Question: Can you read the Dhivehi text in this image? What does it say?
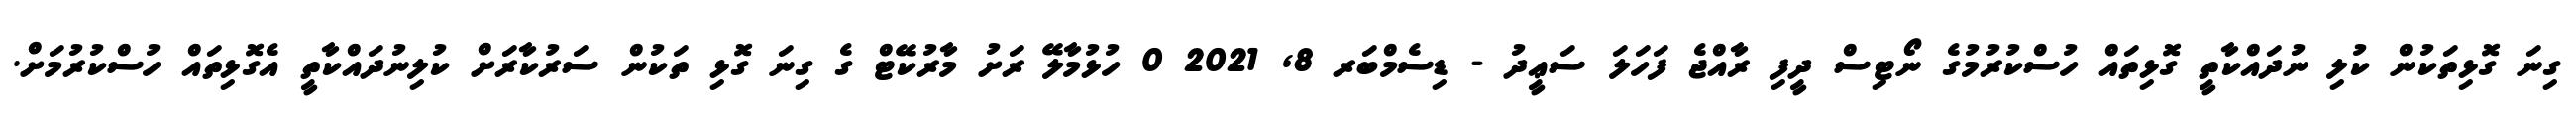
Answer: ގިނަ ގޮޅިތަކުން ކުލި ނުދައްކާތީ ގޮޅިތައް ހުސްކުރުމުގެ ނޯޓިސް ދީފި ރާއްޖެ ފަހަލަ ސަޢީދު - ޑިސެމްބަރ 8, 2021 0 ހުޅުމާލޭ ރަށު މާރުކޭޓް ގެ ގިނަ ގޮޅި ތަކުން ސަރުކާރަށް ކުލިނުދައްކާތީ އެގޮޅިތައް ހުސްކުރުމަށް.